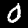
Digit: 0